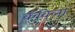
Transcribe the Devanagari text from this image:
कविला